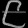
Digit: ၉